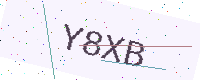
Text: Y8XB